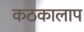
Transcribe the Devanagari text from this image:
कठकालाप